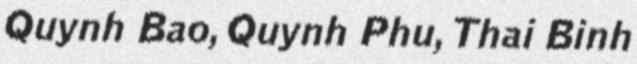
Quynh Bao, Quynh Phu, Thai Binh